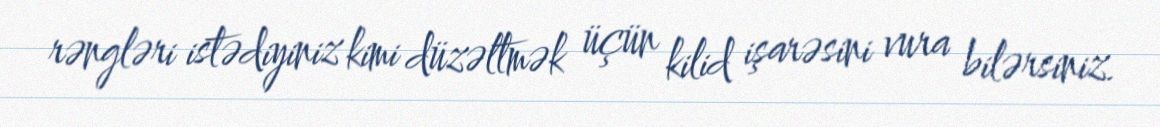
rəngləri istədiyiniz kimi düzəltmək üçün kilid işarəsini vura bilərsiniz.